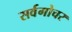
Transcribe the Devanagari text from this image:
सर्वगोचर